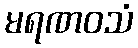
မရဏဝသံ